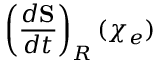
\left( \frac { d { \bf S } } { d t } \right) _ { R } ( \chi _ { e } )